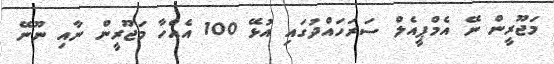
މަޖޫރީން ނޭ އެމްޕީއެލް ސަރަަހައްދުގައި އުޅޭ 100 އެއްހާ މަޖޫރީން ނާއި ނޫނޭ